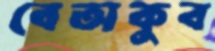
বেঅকুব